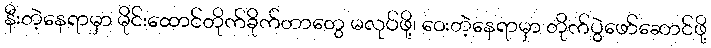
နီးတဲ့နေရာမှာ မိုင်းထောင်တိုက်ခိုက်တာတွေ မလုပ်ဖို့၊ ဝေးတဲ့နေရာမှာ တိုက်ပွဲဖော်ဆောင်ဖို့